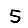
Digit: 5